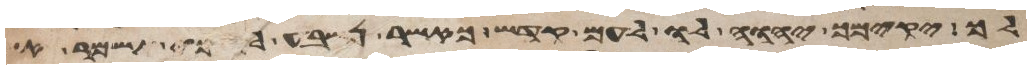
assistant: לך יקימך יהוה לו לעם קדש כאשר נשבע לך כי תשמר